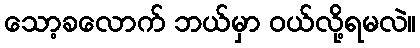
သော့ခလောက် ဘယ်မှာ ဝယ်လို့ရမလဲ။